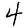
Digit: 4